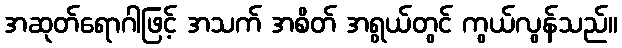
အဆုတ်ရောဂါဖြင့် အသက် အစိတ် အရွယ်တွင် ကွယ်လွန်သည်။